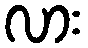
လား